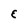
Character: E